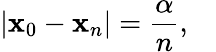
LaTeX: |\mathbf{x}_{0}-\mathbf{x}_{n}|={\frac{{\alpha}}{{n}}},\quad